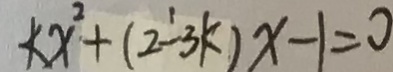
k x ^ { 2 } + ( 2 - 3 k ) x - 1 = 0